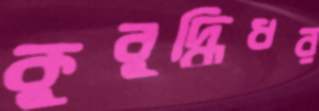
কুবুদ্ধিধর